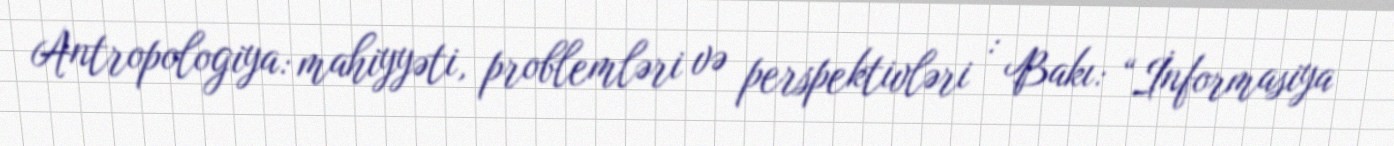
Antropologiya: mahiyyəti, problemləri və perspektivləri : Bakı: “İnformasiya